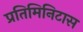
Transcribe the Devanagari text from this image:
प्रतिमिनिटास